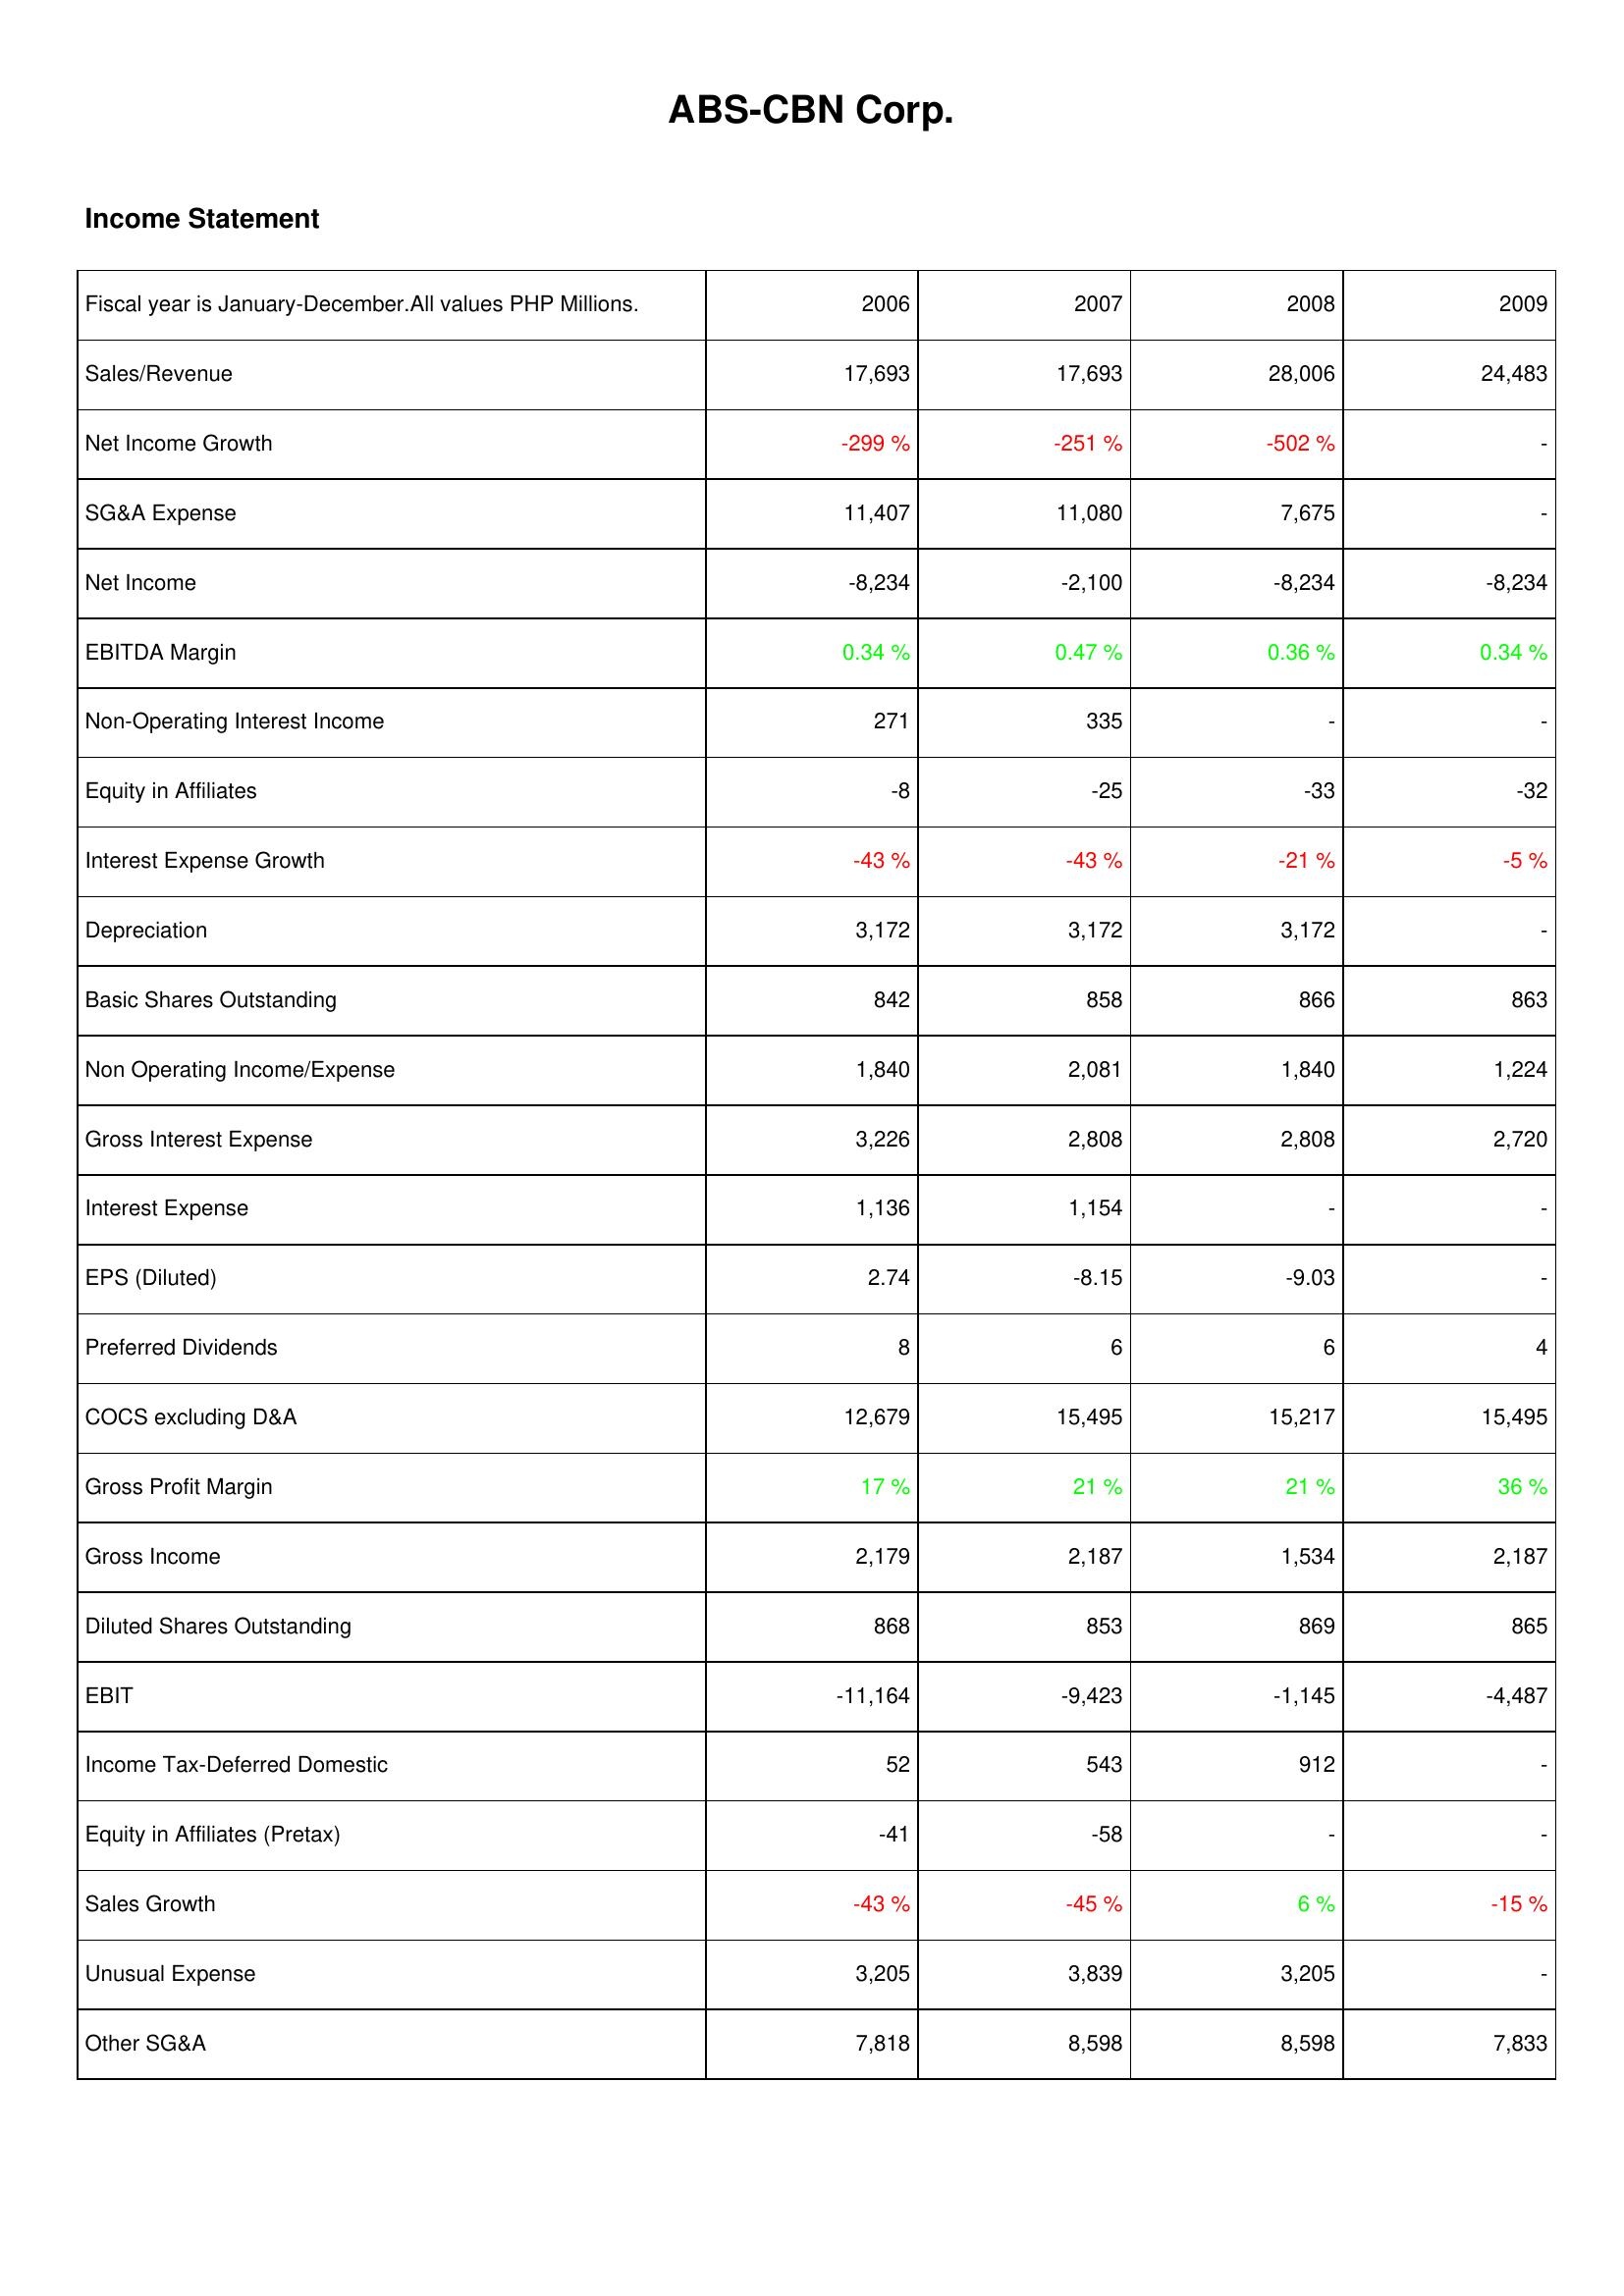
2006: Income Statement: Sales/Revenue: 17,693
Net Income Growth: -299 %
SG&A Expense: 11,407
Net Income: -8,234
EBITDA Margin: 0.34 %
Non-Operating Interest Income: 271
Equity in Affiliates: -8
Interest Expense Growth: -43 %
Depreciation: 3,172
Basic Shares Outstanding: 842
Non Operating Income/Expense: 1,840
Gross Interest Expense: 3,226
Interest Expense: 1,136
EPS (Diluted): 2.74
Preferred Dividends: 8
COCS excluding D&A: 12,679
Gross Profit Margin: 17 %
Gross Income: 2,179
Diluted Shares Outstanding: 868
EBIT: -11,164
Income Tax-Deferred Domestic: 52
Equity in Affiliates (Pretax): -41
Sales Growth: -43 %
Unusual Expense: 3,205
Other SG&A: 7,818
2007: Income Statement: Sales/Revenue: 17,693
Net Income Growth: -251 %
SG&A Expense: 11,080
Net Income: -2,100
EBITDA Margin: 0.47 %
Non-Operating Interest Income: 335
Equity in Affiliates: -25
Interest Expense Growth: -43 %
Depreciation: 3,172
Basic Shares Outstanding: 858
Non Operating Income/Expense: 2,081
Gross Interest Expense: 2,808
Interest Expense: 1,154
EPS (Diluted): -8.15
Preferred Dividends: 6
COCS excluding D&A: 15,495
Gross Profit Margin: 21 %
Gross Income: 2,187
Diluted Shares Outstanding: 853
EBIT: -9,423
Income Tax-Deferred Domestic: 543
Equity in Affiliates (Pretax): -58
Sales Growth: -45 %
Unusual Expense: 3,839
Other SG&A: 8,598
2008: Income Statement: Sales/Revenue: 28,006
Net Income Growth: -502 %
SG&A Expense: 7,675
Net Income: -8,234
EBITDA Margin: 0.36 %
Non-Operating Interest Income: -
Equity in Affiliates: -33
Interest Expense Growth: -21 %
Depreciation: 3,172
Basic Shares Outstanding: 866
Non Operating Income/Expense: 1,840
Gross Interest Expense: 2,808
Interest Expense: -
EPS (Diluted): -9.03
Preferred Dividends: 6
COCS excluding D&A: 15,217
Gross Profit Margin: 21 %
Gross Income: 1,534
Diluted Shares Outstanding: 869
EBIT: -1,145
Income Tax-Deferred Domestic: 912
Equity in Affiliates (Pretax): -
Sales Growth: 6 %
Unusual Expense: 3,205
Other SG&A: 8,598
2009: Income Statement: Sales/Revenue: 24,483
Net Income Growth: -
SG&A Expense: -
Net Income: -8,234
EBITDA Margin: 0.34 %
Non-Operating Interest Income: -
Equity in Affiliates: -32
Interest Expense Growth: -5 %
Depreciation: -
Basic Shares Outstanding: 863
Non Operating Income/Expense: 1,224
Gross Interest Expense: 2,720
Interest Expense: -
EPS (Diluted): -
Preferred Dividends: 4
COCS excluding D&A: 15,495
Gross Profit Margin: 36 %
Gross Income: 2,187
Diluted Shares Outstanding: 865
EBIT: -4,487
Income Tax-Deferred Domestic: -
Equity in Affiliates (Pretax): -
Sales Growth: -15 %
Unusual Expense: -
Other SG&A: 7,833